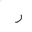
Letter: _ra